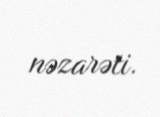
nəzarəti.